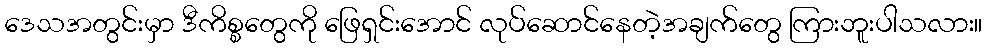
ဒေသအတွင်းမှာ ဒီကိစ္စတွေကို ဖြေရှင်းအောင် လုပ်ဆောင်နေတဲ့အချက်တွေ ကြားဘူးပါသလား။